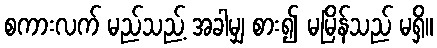
စကားလက် မည်သည့် အခါမျှ စား၍ မမြိန်သည် မရှိ။